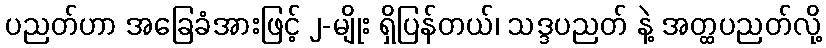
ပညတ်ဟာ အခြေခံအားဖြင့် ၂-မျိုး ရှိပြန်တယ်၊ သဒ္ဒပညတ် နဲ့ အတ္ထပညတ်လို့